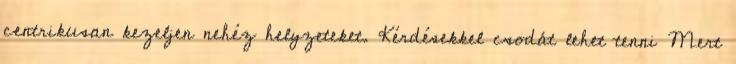
centrikusan kezeljen nehéz helyzeteket. Kérdésekkel csodát lehet tenni Mert